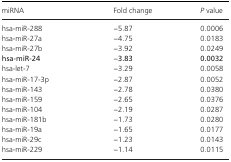
<table><thead><tr><td><b>miRNA</b></td><td><b>Fold change</b></td><td><b><i>P</i> value</b></td></tr></thead><tbody><tr><td>hsa‐miR‐288</td><td>−5.87</td><td>0.0006</td></tr><tr><td>hsa‐miR‐27a</td><td>−4.75</td><td>0.0183</td></tr><tr><td>hsa‐miR‐27b</td><td>−3.92</td><td>0.0249</td></tr><tr><td><b>hsa‐miR‐24</b></td><td>−<b>3.83</b></td><td><b>0.0032</b></td></tr><tr><td>hsa‐let‐7</td><td>−3.29</td><td>0.0058</td></tr><tr><td>hsa‐miR‐17‐3p</td><td>−2.87</td><td>0.0052</td></tr><tr><td>hsa‐miR‐143</td><td>−2.78</td><td>0.0380</td></tr><tr><td>hsa‐miR‐159</td><td>−2.65</td><td>0.0376</td></tr><tr><td>hsa‐miR‐104</td><td>−2.19</td><td>0.0287</td></tr><tr><td>hsa‐miR‐181b</td><td>−1.73</td><td>0.0280</td></tr><tr><td>hsa‐miR‐19a</td><td>−1.65</td><td>0.0177</td></tr><tr><td>hsa‐miR‐29c</td><td>−1.23</td><td>0.0143</td></tr><tr><td>hsa‐miR‐229</td><td>−1.14</td><td>0.0115</td></tr></tbody></table>